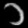
Digit: ၁